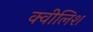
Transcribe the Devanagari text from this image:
क्वीलिश